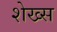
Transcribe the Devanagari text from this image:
शेख्स